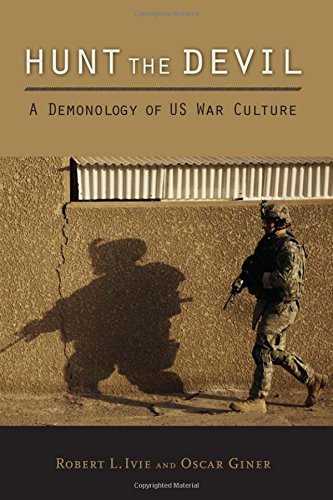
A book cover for Hunt the Devil: A Demonology of US War Culture; Robert L. Ivie; Religion & Spirituality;